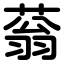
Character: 蓊